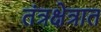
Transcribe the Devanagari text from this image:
तंत्रक्षेत्रात